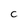
Character: C